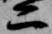
二